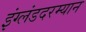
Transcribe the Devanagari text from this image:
इंग्लंडदरम्यान